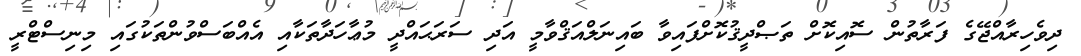
ދިވެހިރާއްޖޭގެ ފަރާތުން ސޮއިކޮށް ތަޞްދީޤުކޮށްފައިވާ ބައިނަލްއަޤްވާމީ އަދި ސަރަޙައްދީ މުޢާހަދާތަކާއި އެއްބަސްވުންތަކުގައި މިނިސްޓްރީ